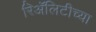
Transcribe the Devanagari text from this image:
रिॲलिटीच्या